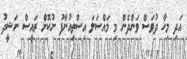
އަދި މިހާ ދުވަސް ވަންދެން މި މައްސަލަ އިސްތިއުނާފު ނުކޮށް ރައީސް ނަޝީދު